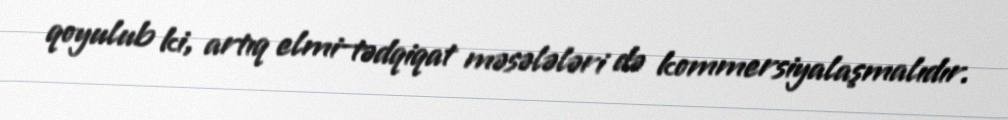
qoyulub ki, artıq elmi-tədqiqat məsələləri də kommersiyalaşmalıdır.